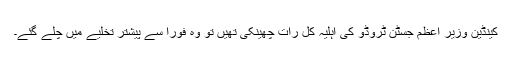
کینڈین وزیر اعظم جسٹن ٹروڈو کی اہلیہ کل رات چھینکی تھیں تو وہ فوراً سے پیشتر تخلیے میں چلے گئے۔